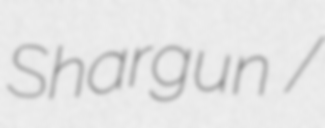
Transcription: Shargʻun /